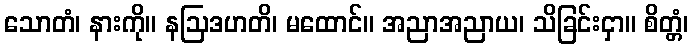
သောတံ၊ နားကို။ နဩဒဟတိ၊ မထောင်။ အညာအညာယ၊ သိခြင်းငှာ။ စိတ္တံ၊